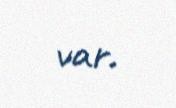
var.